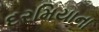
દરમિયાના